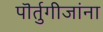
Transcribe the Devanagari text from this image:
पॊर्तुगीजांना